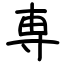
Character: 専